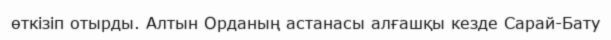
өткізіп отырды. Алтын Орданың астанасы алғашқы кезде Сарай-Бату